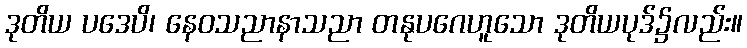
ဒုတိယ ပဒေပိ၊ နေဝသညာနာသညာ တနုပဂေဟူသော ဒုတိယပုဒ်၌လည်း။